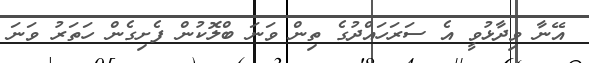
އޭނާ ވިދާޅުވީ އެ ސަރަހައްދުގެ ތިން ވަނަ ބްލޮކުން ފެށިގެން ހަތަރު ވަނަ